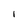
Character: I